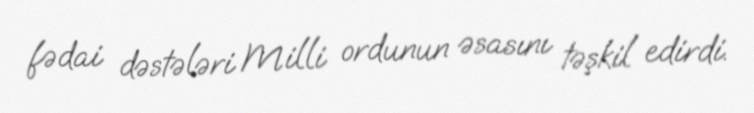
fədai dəstələri Milli ordunun əsasını təşkil edirdi.